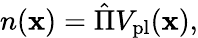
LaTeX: \begin{array}{r}{n(\mathbf{x})=\hat{\Pi}V_{\mathrm{pl}}(\mathbf{x}),}\end{array}